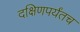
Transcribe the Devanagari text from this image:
दक्षिणपर्यंतच